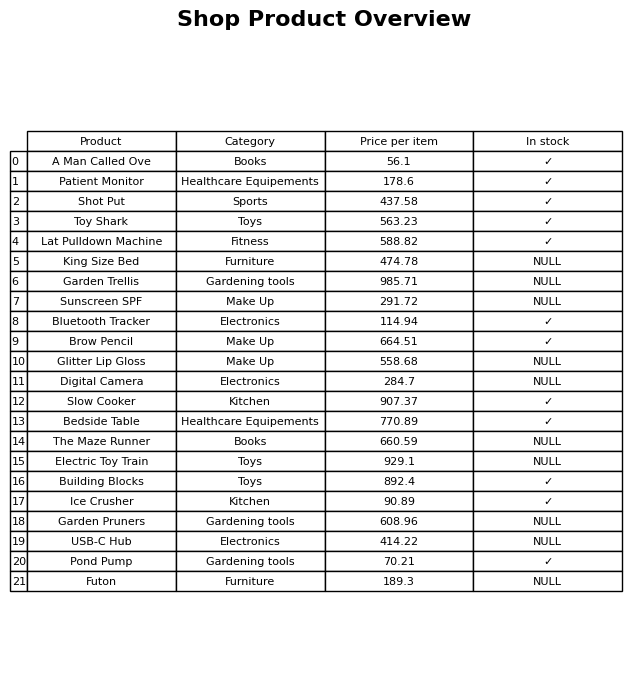
question: What is the price for King Size Bed?
answer: The price of King Size Bed is 474.78.